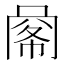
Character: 𢃹